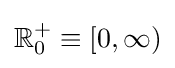
\mathbb {R} _{0}^{+}\equiv \left[0,\infty \right)